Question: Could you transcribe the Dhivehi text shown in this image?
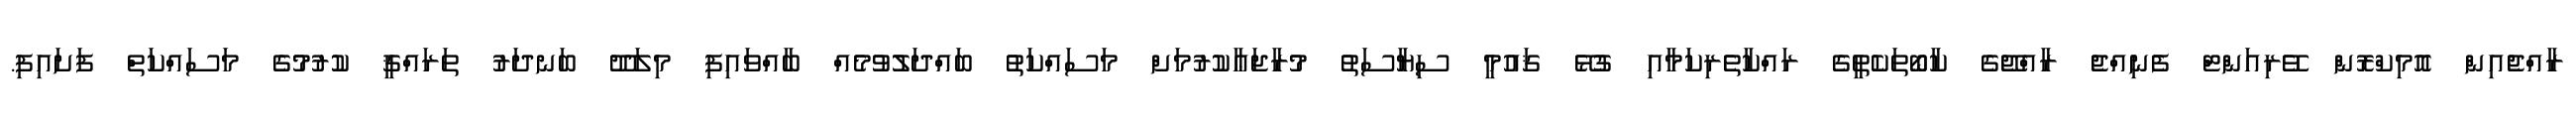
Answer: ރާއްޖެއިން އޮމިކްރޮން ވޭރިއަންޓް ފެނިއްޖެ ރާއްޖޭގެ ކާބޯތަކެތީގެ ރައްކާތެރިކަމާއި ގުޅޭ ޤައުމީ ސިޔާސަތު މުރާޖަޢާކުރުމަށް މަސައްކަތު ބައްދަލުވުމެއް ބާއްވައިފި މިލަދޫ ބަނދަރު ތަރައްޤީ ކުރުމުގެ މަސައްކަތް ފަށައިފި.